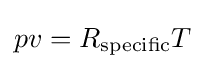
pv=R_{\text{specific}}T